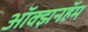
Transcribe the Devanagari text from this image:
ऑक्झनहॅम